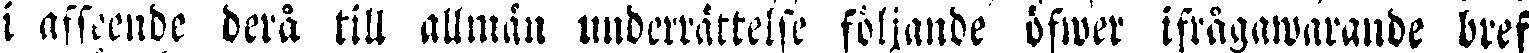
i afseende dera till allmän underrättelse följande öfwer ifrågawarande bref